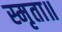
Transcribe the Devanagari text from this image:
स्मृता॥